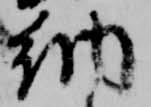
納